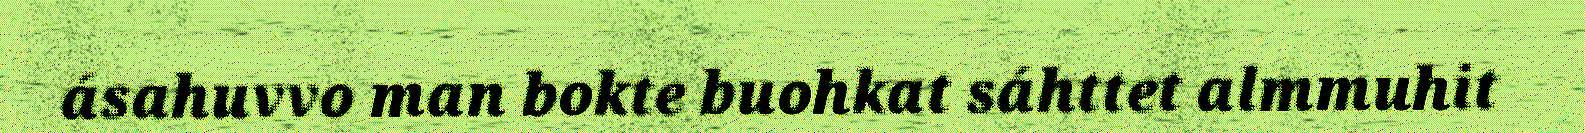
ásahuvvo man bokte buohkat sáhttet almmuhit